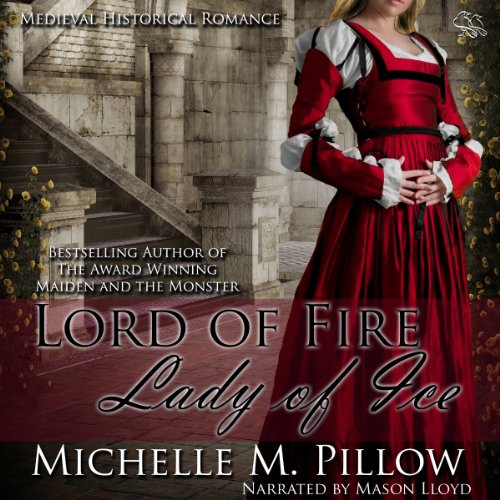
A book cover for Lord of Fire, Lady of Ice; Michelle M. Pillow; Romance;